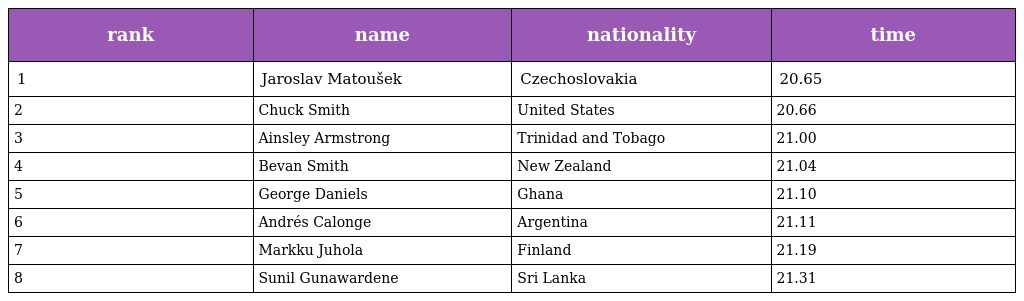
| rank | name | nationality | time |
 | --- | --- | --- | --- |
 | 1 | Jaroslav Matoušek | Czechoslovakia | 20.65 |
 | 2 | Chuck Smith | United States | 20.66 |
 | 3 | Ainsley Armstrong | Trinidad and Tobago | 21.00 |
 | 4 | Bevan Smith | New Zealand | 21.04 |
 | 5 | George Daniels | Ghana | 21.10 |
 | 6 | Andrés Calonge | Argentina | 21.11 |
 | 7 | Markku Juhola | Finland | 21.19 |
 | 8 | Sunil Gunawardene | Sri Lanka | 21.31 |